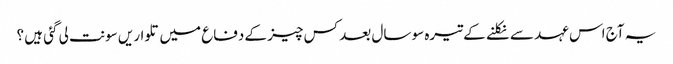
یہ آج اس عہد سے نکلنے کے تیرہ سو سال بعد کس چیز کے دفاع میں تلواریں سونت لی گئی ہیں ؟